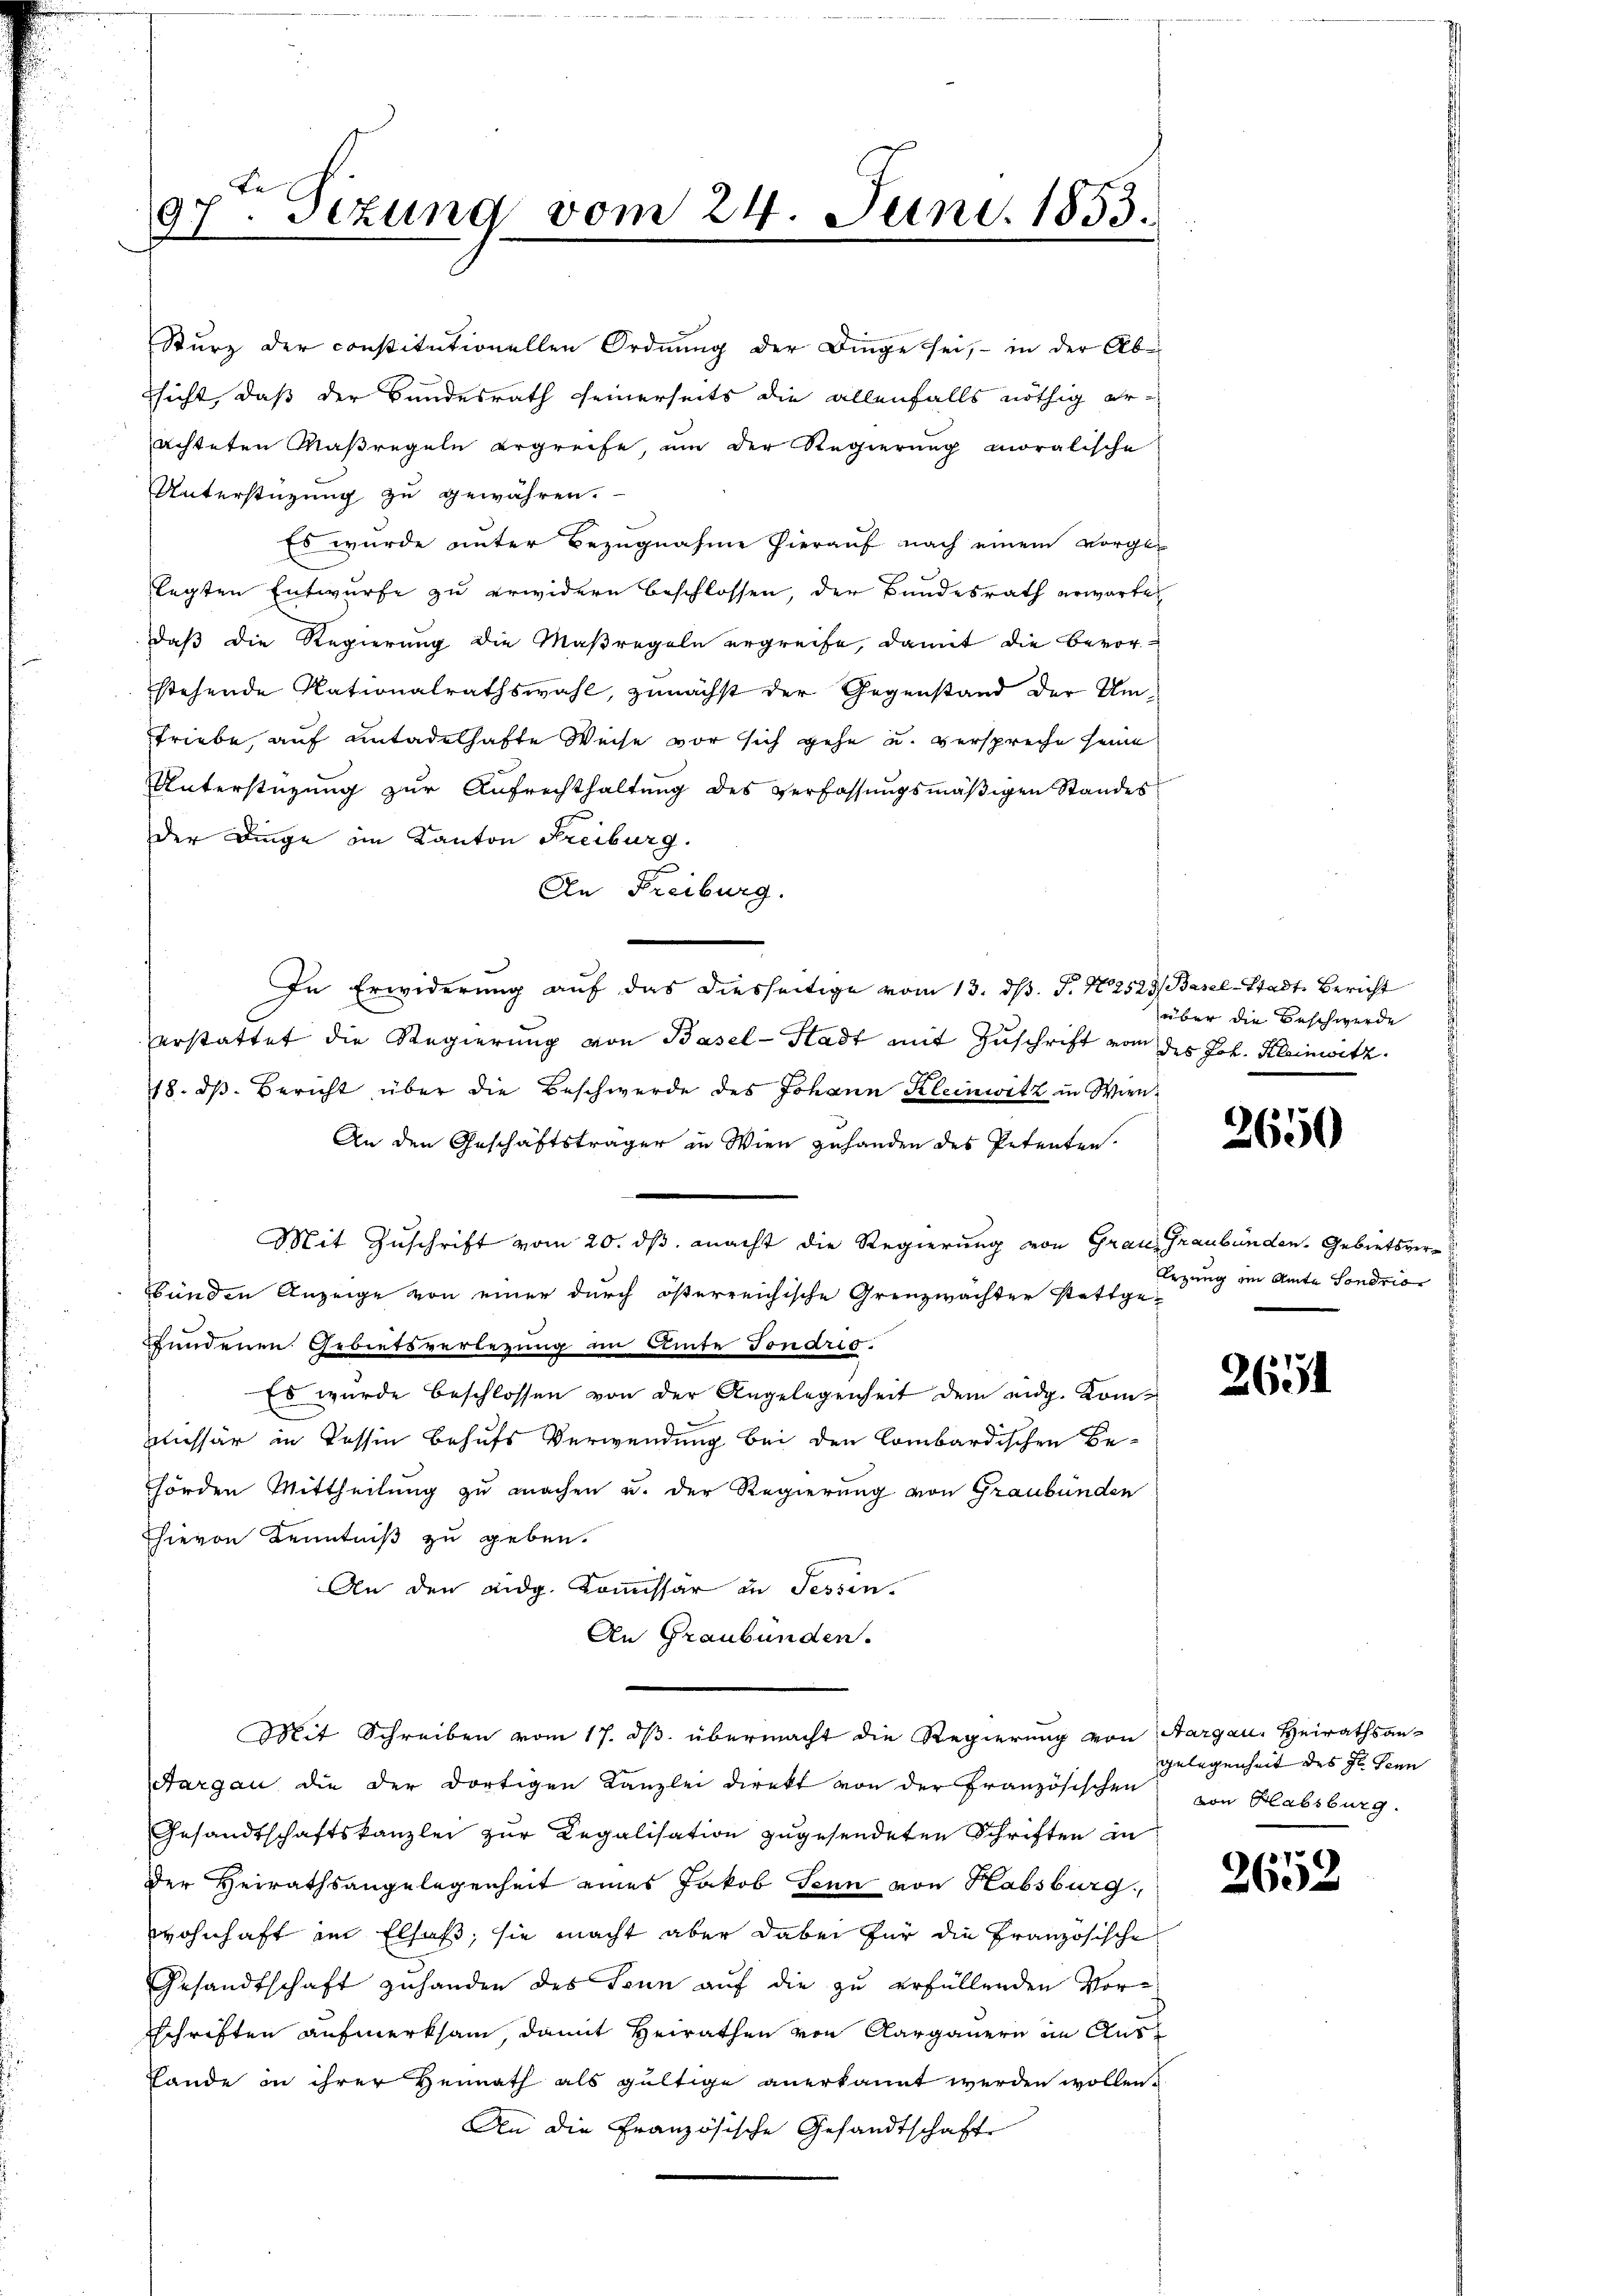
97ten Sizung vom 24. Juni 1853.

Unterstüzung zu gewähren.
Es wurde unter Bezugnahme hierauf nach einem vorge-
legten Entwurfe zu erwidern beschlossen, der Bundesrath erwarte
Daß die Regierung die Maßregeln ergreife, damit die Bevorstehende Nationalrathswahl, zunächst der Gegenstand der Um¬
Triebe, auf untadelhafte Weise vor sich gehe u. verspreche seine
Unterstützung zur Aufrechthaltung des Verfassungsmäßigen Standes
der Dinge im Kanton Freiburg.
An Freiburg.
Urstattet die Regierung von Basel-Stadt mit Zuschrift von des Joh. Kleinsetz
18. dβ. Bericht über die Beschwerde des Johann Kleinwitz in Wien¬
An den Geschäftsträger in Wien zuhanden des Petenten¬
Mit Zuschrift vom 20. ds. macht die Regierung von Grau, Graubünden. Gebietsver¬
Sünden Anzeige von einer durch österreichische Grenzwachter stattge-
gundenen Gebietsverlegung im Amte Jonand.
Es wurde beschlossen von der Angelegenheit dem eidg. Komkissär in Tessin behufs Verwendung bei den Combardischen Be-
hörden Mittheilung zu machen u. der Regierung von Graubünden
hievon Kenntniß zu geben.
An den eidg. Kommissär in Fessen.
An Graubünden.
Mit Schreiben vom 17. ds. übermacht die Regierung von Aargau, Heirathsan-
Aargau die der dortigen Kanzlei direkt von der Französischen von Habsburg.
Gesandtschaftskanzlei zur Regalisation zugesendeten Schriften an
der Heirathsangelegenheit eines Jakob Senn von Habsburg,
wohnhaft im Elsaß, sie macht aber dabei für die Französische
Gesandtschaft zuhanden des Senn auf die zu erfüllenden Vorschriften aufmerksam, damit Heirathen von Aargauern im Aus¬
Lande in ihrer Heimath als gültige anerkannt werden wollen.
An die Französische Gesandtschaft

Sturz der constitutionellen Ordnung der Dinge sei, - in der Ab-
ssicht, daß der Bundesrath seinerseits die allenfalls nöthig er-
achteten Maßregeln ergreife, um der Regierung moralische

In Erwiderung auf das diesseitige vom 13. dß. P. N. 2523, Basel-Stadt, Bericht

über die Beschwerde

3650

Erzung im Amte Sondrio

2631

gelegenheit des Hr. Jenn

v. V.
2602